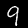
Label: 9